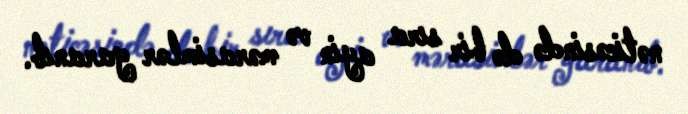
nəticəsində də bir sıra ayin və mərasimlər yaranıb.